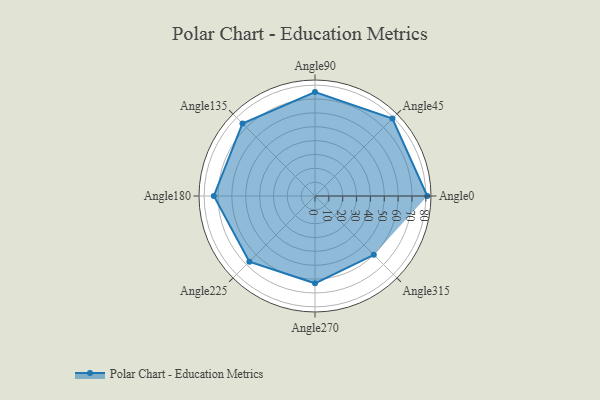
{"axis": {"x": "Angle", "y": "Radius"}, "legend": [""], "data": [{"x": "Angle0", "y": 81.0, "type": ""}, {"x": "Angle45", "y": 79.0, "type": ""}, {"x": "Angle90", "y": 75.0, "type": ""}, {"x": "Angle135", "y": 74.0, "type": ""}, {"x": "Angle180", "y": 73.0, "type": ""}, {"x": "Angle225", "y": 67.0, "type": ""}, {"x": "Angle270", "y": 63.0, "type": ""}, {"x": "Angle315", "y": 60.0, "type": ""}]}